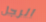
الرجل